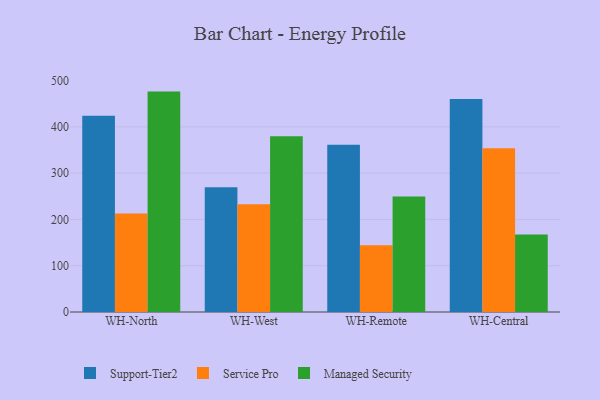
{"axis": {"x": "Warehouse", "y": "Production Output"}, "legend": ["Managed Security", "Service Pro", "Support-Tier2"], "data": [{"x": "WH-North", "y": 424.2, "type": "Support-Tier2"}, {"x": "WH-North", "y": 212.6, "type": "Service Pro"}, {"x": "WH-North", "y": 476.1, "type": "Managed Security"}, {"x": "WH-West", "y": 269.7, "type": "Support-Tier2"}, {"x": "WH-West", "y": 232.8, "type": "Service Pro"}, {"x": "WH-West", "y": 379.7, "type": "Managed Security"}, {"x": "WH-Remote", "y": 361.4, "type": "Support-Tier2"}, {"x": "WH-Remote", "y": 144.2, "type": "Service Pro"}, {"x": "WH-Remote", "y": 249.4, "type": "Managed Security"}, {"x": "WH-Central", "y": 460.3, "type": "Support-Tier2"}, {"x": "WH-Central", "y": 353.7, "type": "Service Pro"}, {"x": "WH-Central", "y": 167.3, "type": "Managed Security"}]}